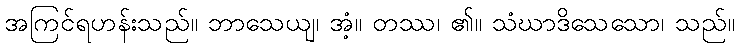
အကြင်ရဟန်းသည်။ ဘာသေယျ၊ အံ့။ တဿ၊ ၏။ သံဃာဒိသေသော၊ သည်။